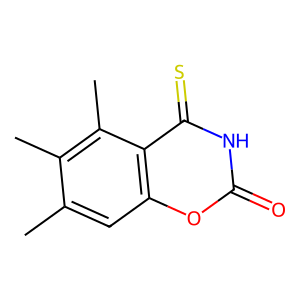
SMILES: Cc1cc2oc(=O)[nH]c(=S)c2c(C)c1C
Inhibits HIV replication: No